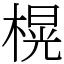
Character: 榥